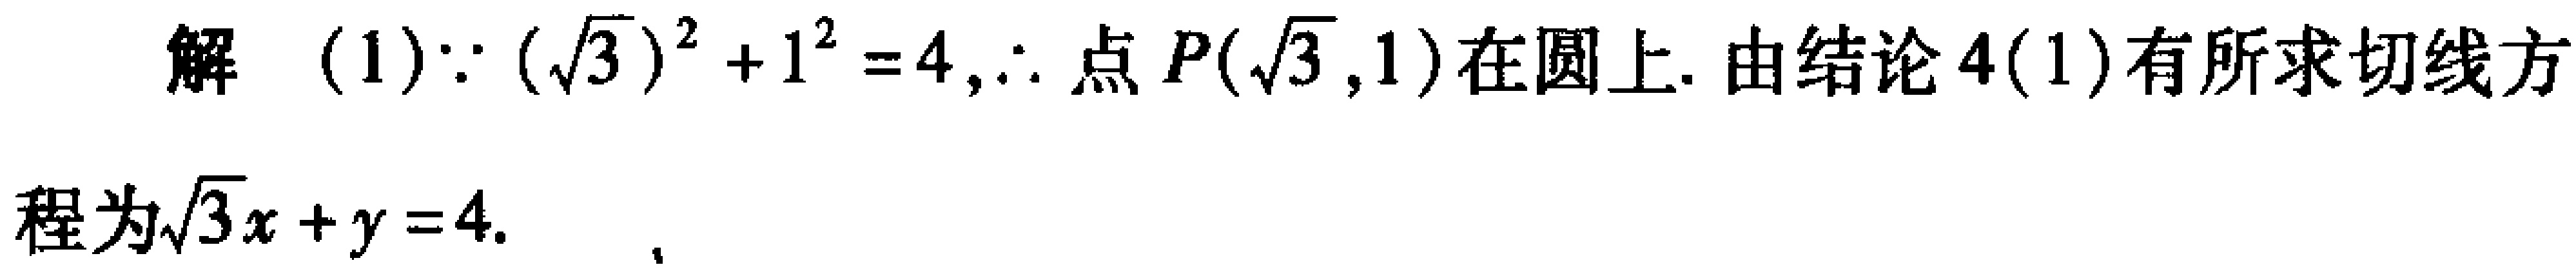
解 (1)$\because (\sqrt{3})^{2}+1^{2}=4,\therefore$ 点 $P(\sqrt{3},1)$在圆上. 由结论 4(1)有所求切线方
程为$\sqrt{3}x + y = 4$.